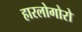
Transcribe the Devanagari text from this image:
हारलोगोरो